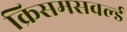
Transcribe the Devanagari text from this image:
क्रिसमसवर्ल्ड